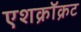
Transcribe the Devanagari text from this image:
एशक्रॉक्रट